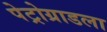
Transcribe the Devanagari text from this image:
पेट्रोग्राडला